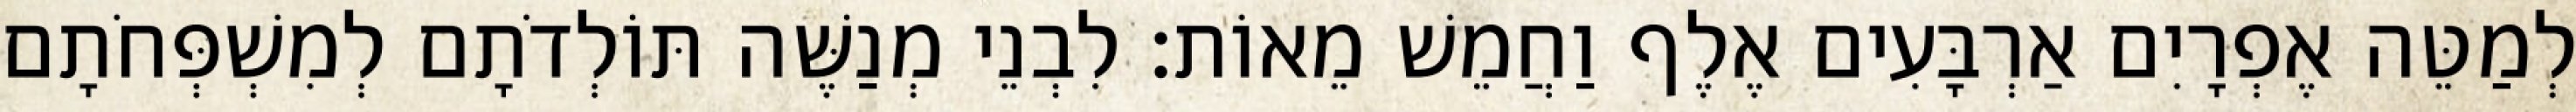
לְמַטֵּה אֶפְרָיִם אַרְבָּעִים אֶלֶף וַחֲמֵשׁ מֵאוֹת׃ לִבְנֵי מְנַשֶּׁה תּוֹלְדֹתָם לְמִשְׁפְּחֹתָם